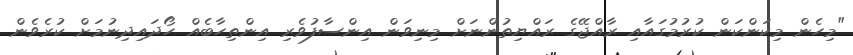
"މިހެން މިކަންކަން ކުރުމުގައާއި ރާއްޖޭގެ ރައްޔިތުންނަށް މިނިވަން އިންސާފުވެރި އިންތިހާބެއް ހޯދައިދިނުމަށް ކުރެވެން